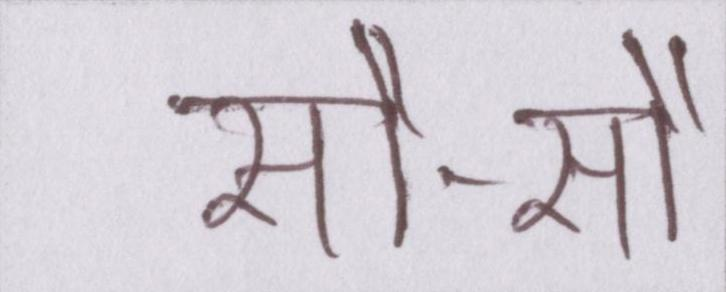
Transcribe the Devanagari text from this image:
सौ-सौ